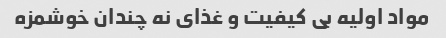
مواد اولیه بی کیفیت و غذای نه چندان خوشمزه